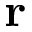
\bf { r }